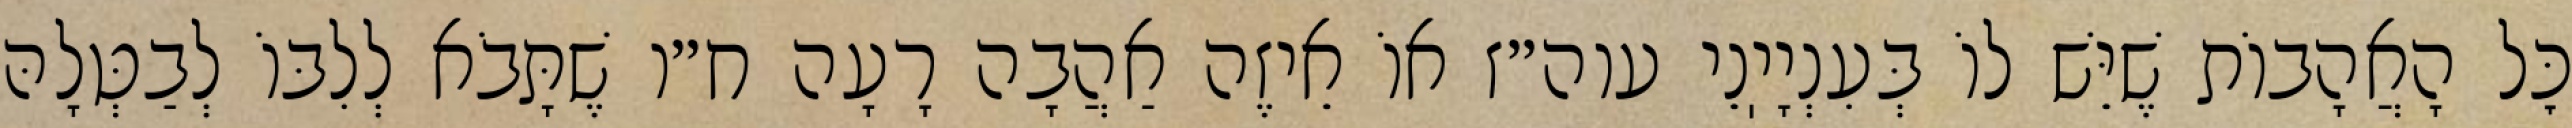
כׇּל הָאֲהָבוֹת שֶׁיֵּשׁ לוֹ בְּעִנְיָיֽנֵי עוה״ז אוֹ אֵיזֶה אַהֲבָה רָעָה ח״ו שֶׁתָּבֹא לְלִבּוֹ לְבַטְּלָהּ